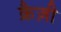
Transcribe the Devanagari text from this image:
क्रैज़ी